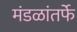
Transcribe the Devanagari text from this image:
मंडळांतर्फे